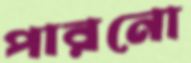
পারনো